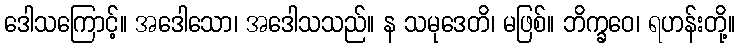
ဒေါသကြောင့်။ အဒေါသော၊ အဒေါသသည်။ န သမုဒေတိ၊ မဖြစ်။ ဘိက္ခဝေ၊ ရဟန်းတို့။